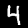
Label: 4